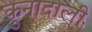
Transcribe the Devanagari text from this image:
कुनादाली